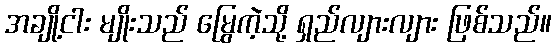
အချို့ငါး မျိုးသည် မြွေကဲ့သို့ ရှည်လျားလျား ဖြစ်သည်။